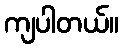
ကျပါတယ်။